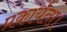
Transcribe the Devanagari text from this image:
प्रकार्यता।